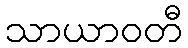
သာယာဝတီ